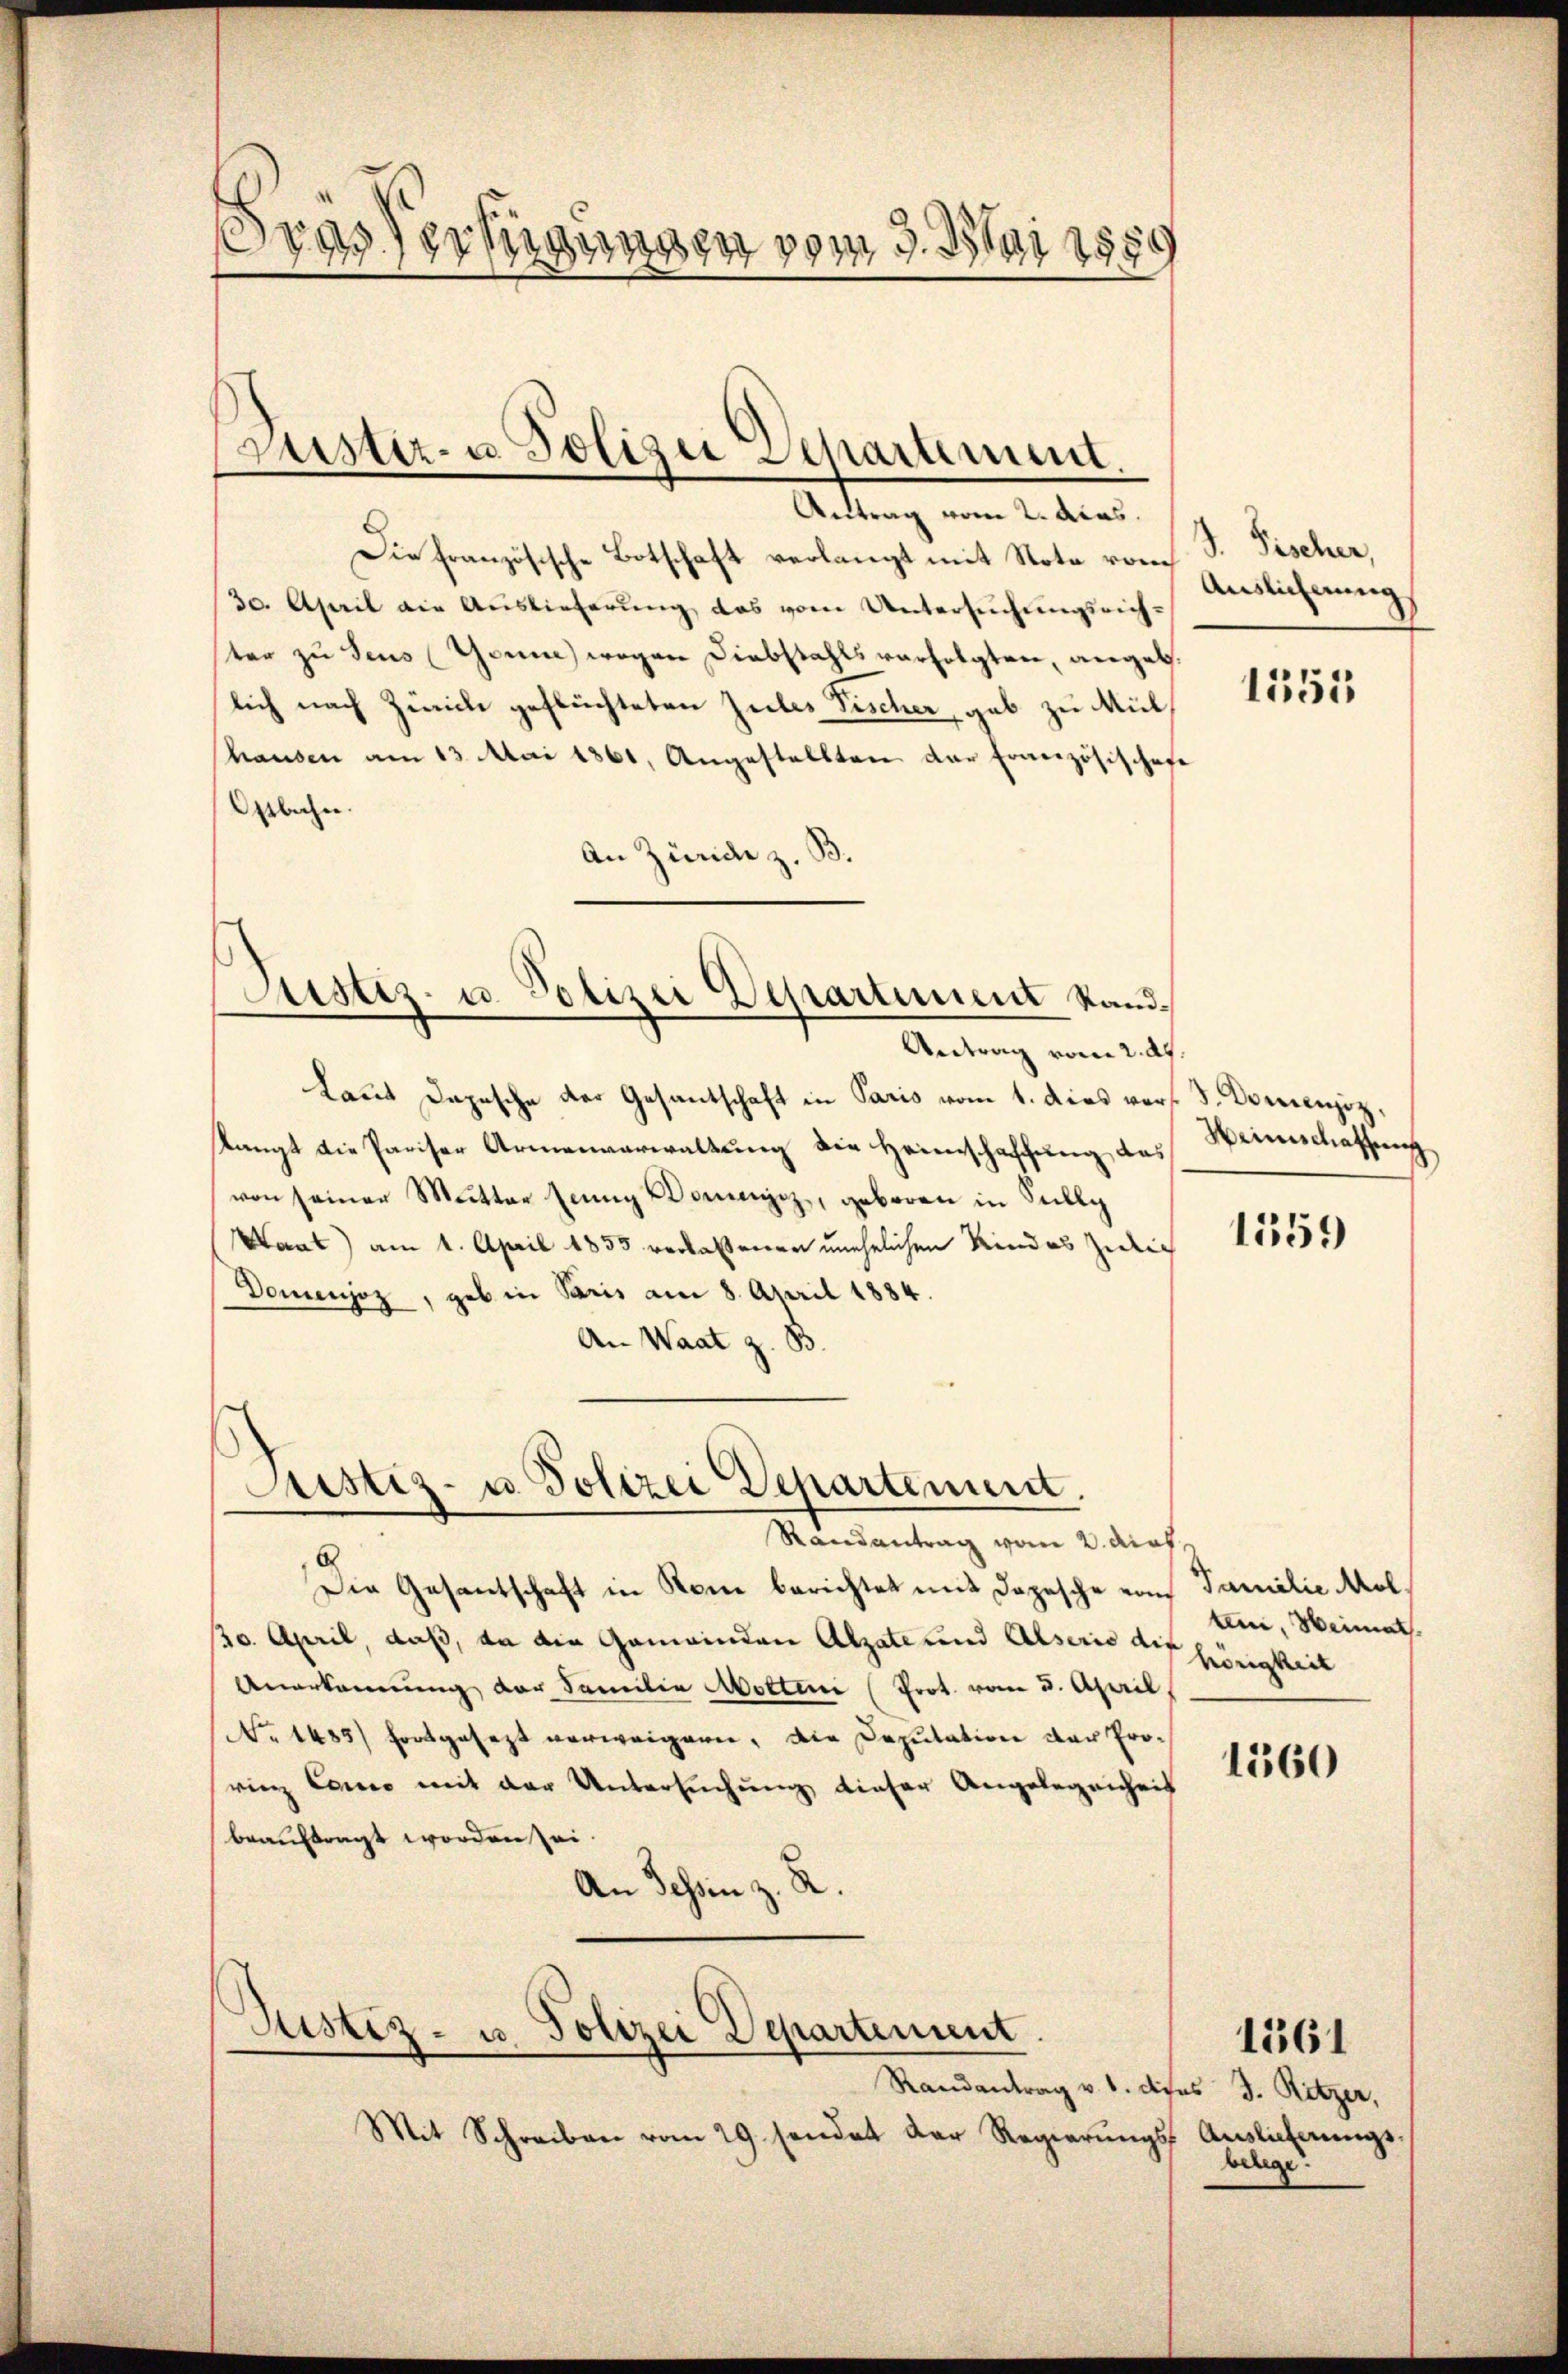
Gras Verfügungen vom 9. Mai 1889

ustiz- u Polizer Separtement.

Antrag vom 2. Acas.
Die französische Botschaft verlangt mit Note vom S. Fischer,
30. April ain Auslieferŭng das vom Untersŭchŭngsrich-
ter zu Seus (Gönne wegen Diebstahls verfolgten, angeb.
lich nach Zürich geflüchteten Zules Fischer, gab zu Mülhausen am 13. Mai 1861, Angestellten der Französischaft
Ostbahn.
An Zürich z. B.
Justiz- u. Polizei Departement Stand¬
Antrag vom 2. ds.
Laut Depesche der Gesantschaft in Paris vom 1. dies vor. J. Dorenzz
slangt die Pariser Armenverwaltung die Heimschaffung, das
von seiner Mutter Einng Domainz, geboren in Sully
Maat) am 1. April 1853 verlaßenen unehelichen Kindes Züric
Domenjoz, gab in Paris am 8. April 1884.
An Waat z. B.

Justiz- u. Polizei Departement.

Justiz- u. Polizei Departement

Randantrag vom 2. Kraf
Die Gesantschaft in Rom berichtet mit dopesche von Familie Mol
20. April, daß, da die Gemeinden Alzate und Alserio die hörigkeit
Anerkennung der Familie Mottini Prot. vom 5. April
No 1485) fortgesezt verweigern, die Deputation der Prorinz Como mit der Untersŭchŭng dieser Angelegenheit
beauftragt worden sei
An Tessin z. R.

Randantrag v. 6. dich
Mit Schreiben vom 29. sendet der Regierŭngs

Auslicherung

1555

Weinschaffung

1559

ten, Weimath

1560

es J. Ritzer,
Auslieferungsbelege.

1361